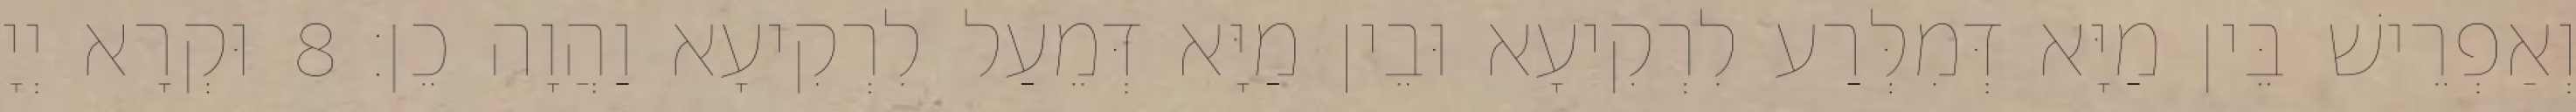
וְאַפְרֵישׁ בֵּין מַיָּא דְּמִלְּרַע לִרְקִיעָא וּבֵין מַיָּא דְּמֵעַל לִרְקִיעָא וַהֲוָה כֵן׃ 8 וּקְרָא יְיָ